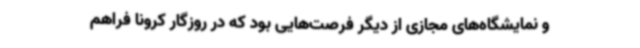
و نمایشگاه‌های مجازی از دیگر فرصت‌هایی بود که در روزگار کرونا فراهم